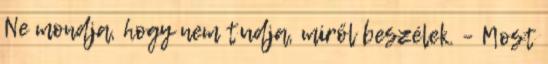
Ne mondja, hogy nem tudja, miről beszélek. – Most